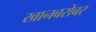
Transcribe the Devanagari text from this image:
खानबरोबर